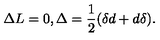
\Delta L = 0 , \Delta = \frac { 1 } { 2 } ( \delta d + d \delta ) .